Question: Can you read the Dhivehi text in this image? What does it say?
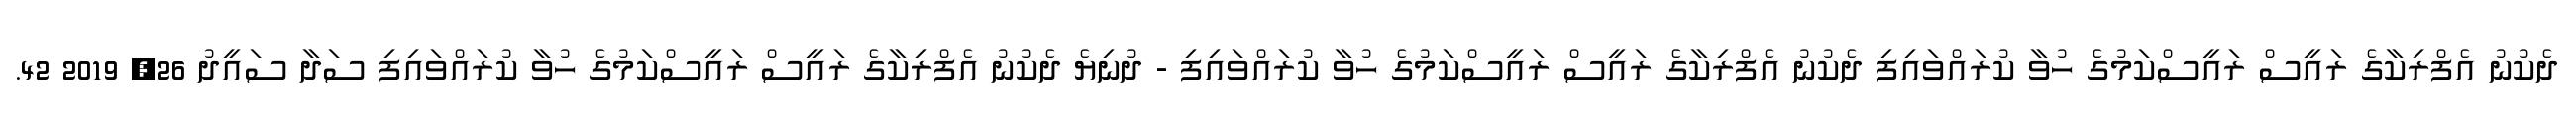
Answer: ދެކުނު އެފްރިކާގެ ރައީސް ރައީސްކަމުގެ ހުވާ ކުރައްވައިފި ދެކުނު އެފްރިކާގެ ރައީސް ރައީސްކަމުގެ ހުވާ ކުރައްވައިފި - ދުނިޔެ ދެކުނު އެފްރިކާގެ ރައީސް ރައީސްކަމުގެ ހުވާ ކުރައްވައިފި ސަދާ ސައީދު 26, 2019 42.